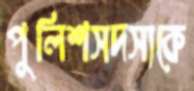
পুলিশসদস্যকে